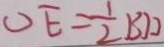
O E = \frac { 1 } { 2 } B D